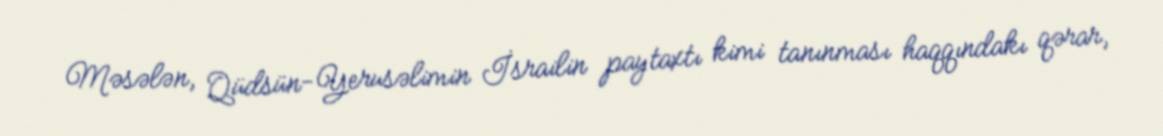
Məsələn, Qüdsün-Yerusəlimin İsrailin paytaxtı kimi tanınması haqqındakı qərar,